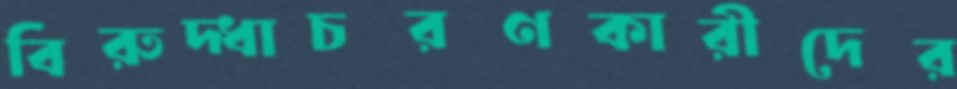
বিরুদ্ধাচরণকারীদের